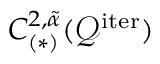
C _ { ( \ast ) } ^ { 2 , \tilde { \alpha } } ( \mathcal { Q } ^ { \mathrm { i t e r } } )